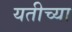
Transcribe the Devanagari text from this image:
यतीच्या